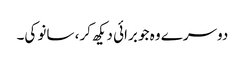
دوسرے وہ جو برائی دیکھ کر، سانو کی۔